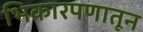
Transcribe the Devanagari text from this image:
भिकारपणातून